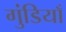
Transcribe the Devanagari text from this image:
गुंडियाँ